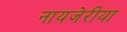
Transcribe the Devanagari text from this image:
नायजेरीया